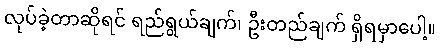
လုပ်ခဲ့တာဆိုရင် ရည်ရွယ်ချက်၊ ဦးတည်ချက် ရှိရမှာပေါ့။